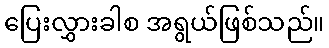
ပြေးလွှားခါစ အရွယ်ဖြစ်သည်။